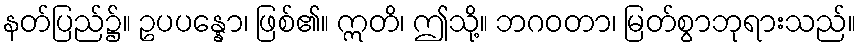
နတ်ပြည်၌။ ဥပပန္နော၊ ဖြစ်၏။ ဣတိ၊ ဤသို့။ ဘဂဝတာ၊ မြတ်စွာဘုရားသည်။